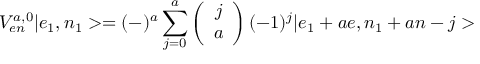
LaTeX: V _ { e n } ^ { a , 0 } | e _ { 1 } , n _ { 1 } > = ( - ) ^ { a } \sum _ { j = 0 } ^ { a } \left( \begin{array} { c c } { { j } } \\ { { a } } \end{array} \right) ( - 1 ) ^ { j } | e _ { 1 } + a e , n _ { 1 } + a n - j >